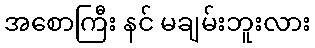
အစောကြီး နင် မချမ်းဘူးလား